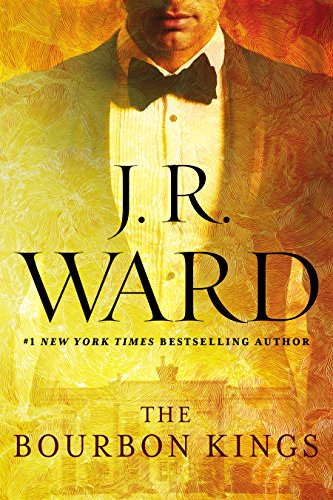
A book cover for The Bourbon Kings; J.R. Ward; Literature & Fiction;